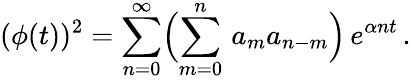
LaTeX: (\phi(t))^{2}=\sum_{n=0}^{\infty}\Bigl(\sum_{m=0}^{n}\, a_{m}a_{n-m}\Bigr)\, e^{\alpha nt}\, .